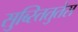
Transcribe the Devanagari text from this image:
सुब्स्तितुतेस